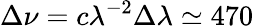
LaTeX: \Delta\nu=c\lambda^{-2}\Delta\lambda\simeq 470